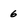
Character: 6